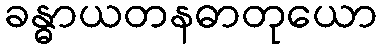
ခန္ဓာယတနဓာတုယော